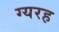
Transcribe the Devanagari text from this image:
ग्यरह